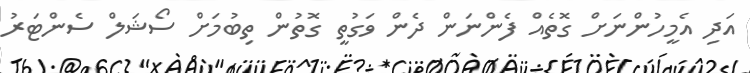
އަދި އެމީހުންނަށް ގޮތެއް ފެންނަން ދެން ވަގުތީ ގޮތުން ތިބުމަށް ސޯޝަލް ސެންޓަރު